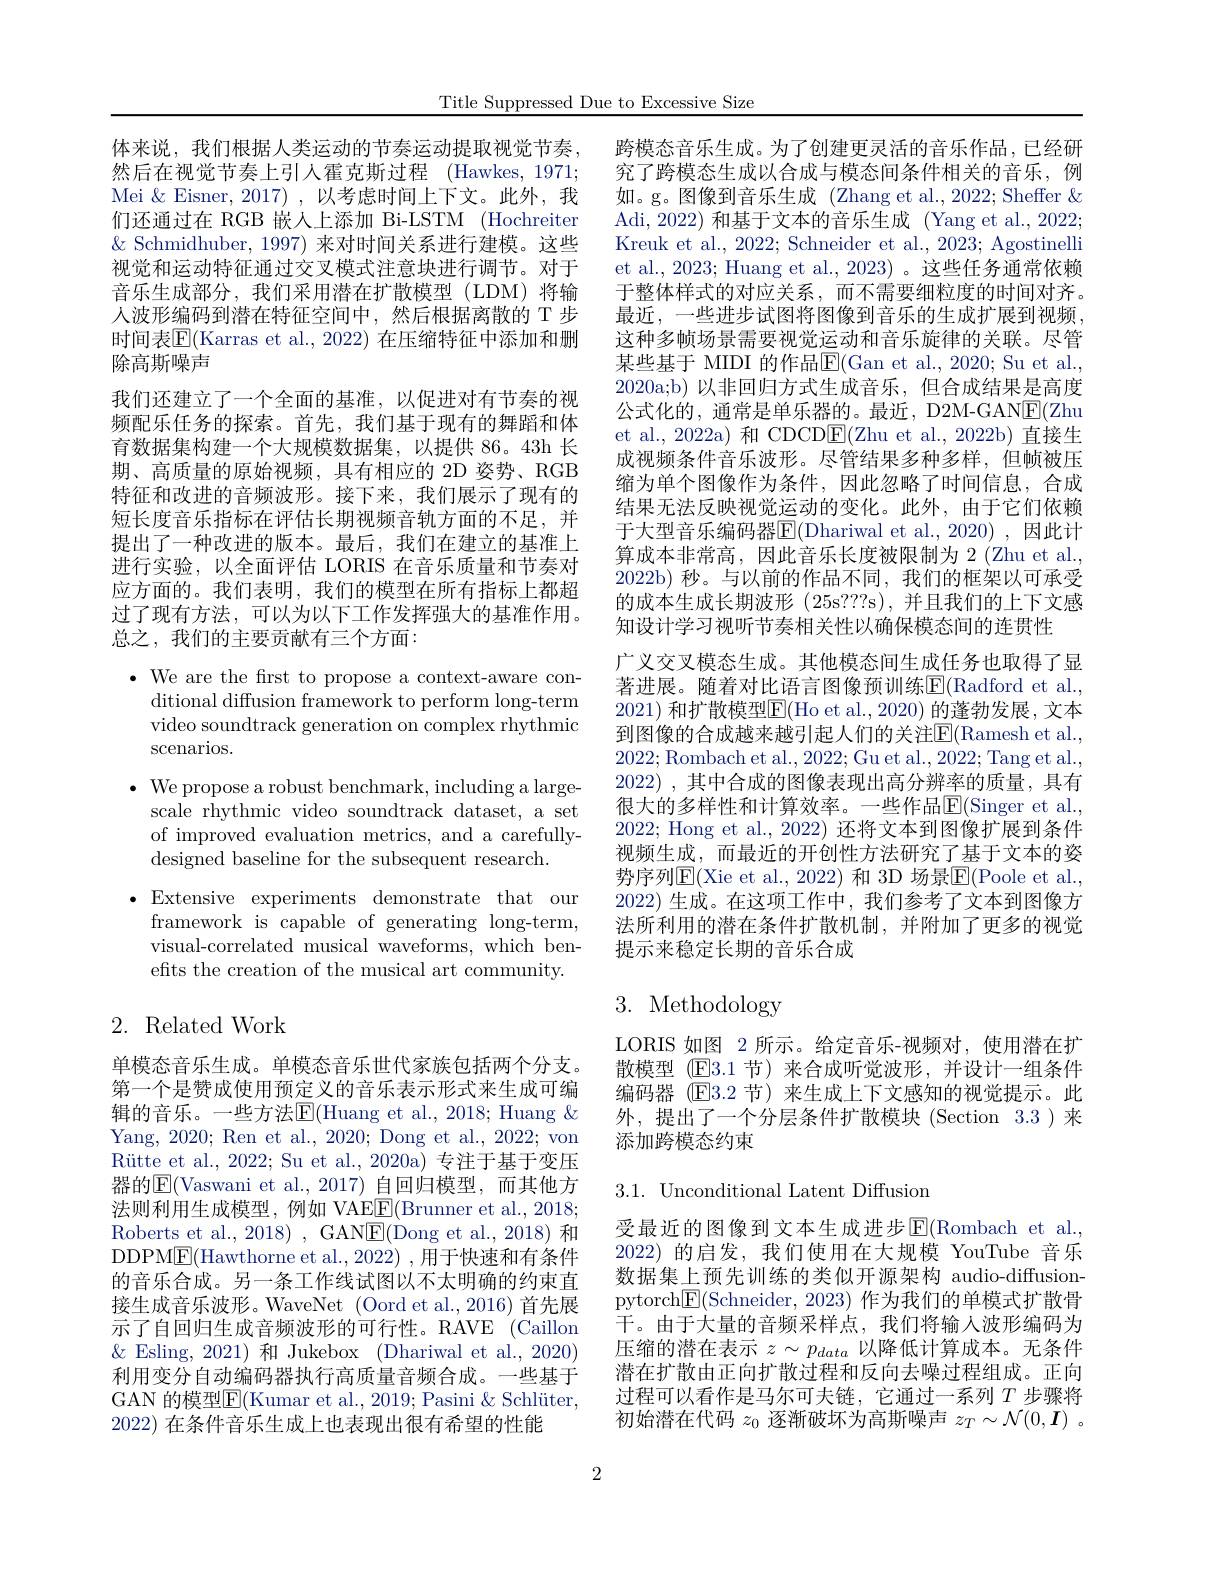
Title Suppressed Due to Excessive Size

体来说，我们根据人类运动的节奏运动提取视觉节奏然后在视觉节奏上引人霍克斯过程 (Hawkes, 1971; Mei &Eisner, 2017) , 以考虑时间上下文。此外，我们还通过在 RGB 嵌人上添加 Bi-LSTM (Hochreiter $\&$ Schmidhuber, 1997) 来对时间关系进行建模。这些视觉和运动特征通过交叉模式注意块进行调节。对于音乐生成部分，我们采用潜在扩散模型(LDM)将输人波形编码到潜在特征空间中，然后根据离散的 T 步时间表$\mathbb{E}($Karras et al., 2022) 在压缩特征中添加和删除高斯噪声
我们还建立了一个全面的基准，以促进对有节奏的视频配乐任务的探索。首先，我们基于现有的舞蹈和体育数据集构建一个大规模数据集，以提供 86。43h 长期、高质量的原始视频，具有相应的 2D 姿势、RGB 特征和改进的音频波形。接下来，我们展示了现有的短长度音乐指标在评估长期视频音轨方面的不足，并提出了一种改进的版本。最后，我们在建立的基准上进行实验，以全面评估 LORIS 在音乐质量和节奏对应方面的。我们表明，我们的模型在所有指标上都超过了现有方法，可以为以下工作发挥强大的基准作用。总之，我们的主要贡献有三个方面：

$\bullet$ We are the frst to propose a context-aware con-
ditional diffusion framework to perform long-term video soundtrack generation on complex rhythmic scenarios.
$\cdot$ We propose a robust benchmark, including a large-
scale rhythmic video soundtrack dataset, a set of improved evaluation metrics, and a carefullydesigned baseline for the subsequent research.
$\bullet$Extensive experiments demonstrate that our
framework is capable of generating long-term, visual-correlated musical waveforms, which benefits the creation of the musical art community.

# 2. Related Work

单模态音乐生成。单模态音乐世代家族包括两个分支。第一个是赞成使用预定义的音乐表示形式来生成可编辑的音乐。一些方法$\overline{\mathrm{E}}($Huang et al., 2018; Huang $\&$ Yang, 2020; Ren et al., 2020; Dong et al., 2022; von Rütte et al., 2022; Su et al., 2020a) 专注于基于变压器的$\overline{\mathrm{E}}($Vaswani et al.,2017)自回归模型，而其他方法则利用生成模型，例如 VAE$\underline{\mathrm{F}}($Brunner et al.,2018; Roberts et al., 2018) , GAN$\underline{\mathrm{E}}($Dong et al., 2018) 和DDPM$\underline{\mathrm{E}}($Hawthorne et al.,2022) ,用于快速和有条件的音乐合成。另一条工作线试图以不太明确的约束直接生成音乐波形。WaveNet (Oord et al., 2016) 首先展示了自回归生成音频波形的可行性。RAVE (Caillon $\&$ Esling, 2021) 和 Jukebox (Dhariwal et al., 2020) 利用变分自动编码器执行高质量音频合成。一些基于GAN 的模型E(Kumar et al., 2019; Pasini & Schlüter, 2022) 在条件音乐生成上也表现出很有希望的性能

跨模态音乐生成。为了创建更灵活的音乐作品，已经研究了跨模态生成以合成与模态间条件相关的音乐，例如。g。图像到音乐生成 (Zhang et al.,2022; Sheffer & Adi, 2022) 和基于文本的音乐生成 (Yang et al., 2022; Kreuk et al., 2022; Schneider et al., 2023; Agostinelli et al., 2023; Huang et al., 2023) 。这些任务通常依赖于整体样式的对应关系，而不需要细粒度的时间对齐。最近，一些进步试图将图像到音乐的生成扩展到视频， 这种多帧场景需要视觉运动和音乐旋律的关联。尽管某些基于 MIDI 的作品$\overline{\mathrm{E}}($Gan et al., 2020; Su et al. 2020a;b)以非回归方式生成音乐，但合成结果是高度公式化的，通常是单乐器的。最近，D2M-GAN$\boxed{\mathrm{F} }( \mathbb{Z}$hu et al., 2022a) 和 CDCD$\underline{\mathrm{E}}($Zhu et al.,2022b)直接生成视频条件音乐波形。尽管结果多种多样，但帧被压缩为单个图像作为条件，因此忽略了时间信息，合成结果无法反映视觉运动的变化。此外，由于它们依赖于大型音乐编码器E(Dhariwal et al.,2020),因此计算成本非常高，因此音乐长度被限制为 2 (Zhu et al. 2022b)秒。与以前的作品不同，我们的框架以可承受的成本生成长期波形 (25s???s),并且我们的上下文感知设计学习视听节奏相关性以确保模态间的连贯性
广义交叉模态生成。其他模态间生成任务也取得了显著进展。随着对比语言图像预训练$\operatorname{E}($Radford et al., 2021) 和扩散模型$\overline{\mathrm{E}}($Ho et al., 2020) 的蓬勃发展，文本到图像的合成越来越引起人们的关注E(Ramesh et al. 2022;Rombach et al.,2022;Gu et al.,2022;Tang et al., 2022),其中合成的图像表现出高分辨率的质量，具有很大的多样性和计算效率。一些作品$\operatorname{E}($Singer et al. 2022; Hong et al., 2022) 还将文本到图像扩展到条件视频生成，而最近的开创性方法研究了基于文本的姿势序列$\operatorname{E}($Xie et al.,2022)和 3D 场景$\operatorname{E}($Poole et al., 2022) 生成。在这项工作中，我们参考了文本到图像方法所利用的潜在条件扩散机制，并附加了更多的视觉提示来稳定长期的音乐合成

# 3. Methodology

LORIS 如图 2 所示。给定音乐-视频对，使用潜在扩散模型(▣回3.1 节)来合成听觉波形，并设计一组条件编码器 (E3.2 节)来生成上下文感知的视觉提示。此外，提出了一个分层条件扩散模块(Section 3.3)来添加跨模态约束

3.1. Unconditional Latent Diffusion

受最近的图像到文本生成进步$\operatorname{E}($Rombach et al. 2022)的启发，我们使用在大规模 YouTube 音乐数据集上预先训练的类似开源架构 audio-diffusionpytorch$\boxed{\mathbb{F}}($Schneider, 2023) 作为我们的单模式扩散骨干。由于大量的音频采样点，我们将输人波形编码为压缩的潜在表示$z\sim p_{data}$以降低计算成本。无条件潜在扩散由正向扩散过程和反向去噪过程组成。正向过程可以看作是马尔可夫链，它通过一系列$T$步骤将初始潜在代码$z_0$逐渐破坏为高斯噪声$z_T\sim\mathcal{N}(0,\boldsymbol{I})$ 。

2